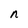
Character: n